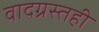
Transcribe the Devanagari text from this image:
वादग्रस्तही